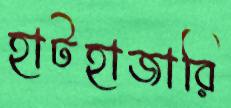
হাটহাজারি